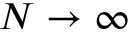
N \to \infty